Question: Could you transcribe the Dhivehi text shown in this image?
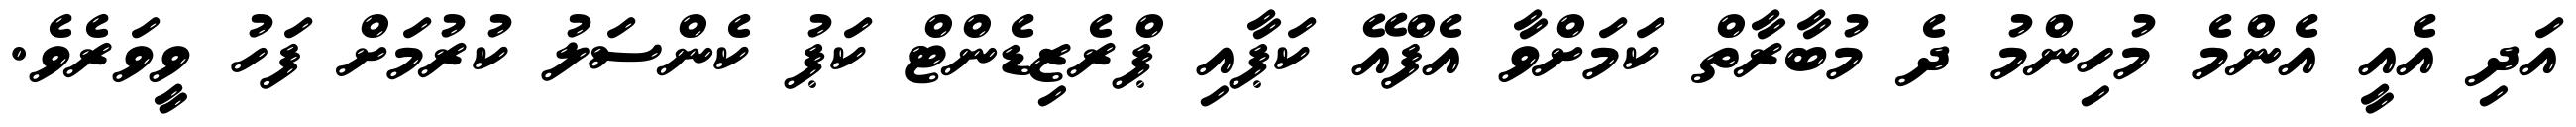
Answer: އަދި އެއީ އެންމެ މުހިންމު ދެ މުބާރާތް ކަމަށްވާ އެފްއޭ ކަޕާއި ޕްރެޒިޑެންޓް ކަޕު ކެންސަލު ކުރުމަށް ފަހު ވީވަރެވެ.